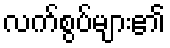
လက်စွပ်များ၏